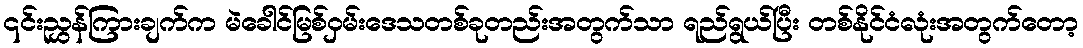
၎င်းညွှန်ကြားချက်က မဲခေါင်မြစ်ဝှမ်းဒေသတစ်ခုတည်းအတွက်သာ ရည်ရွယ်ပြီး တစ်နိုင်ငံလုံးအတွက်တော့